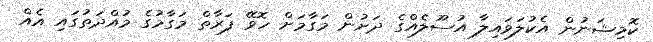
ކޮމިޝަނުން އެކުލަވައިލާ އުސޫލެއްގެ ދަށުން މަގާމަށް ހޮވޭ ފަރާތް މަގާމުގެ މުއްދަތުގައި އެއް